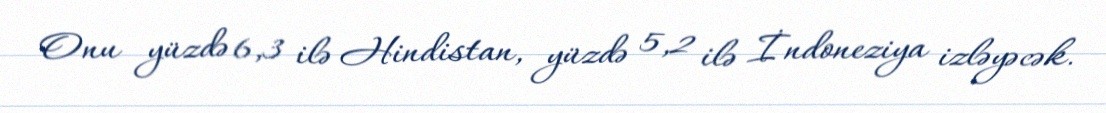
Onu yüzdə 6,3 ilə Hindistan, yüzdə 5,2 ilə İndoneziya izləyəcək.